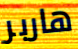
هاربر